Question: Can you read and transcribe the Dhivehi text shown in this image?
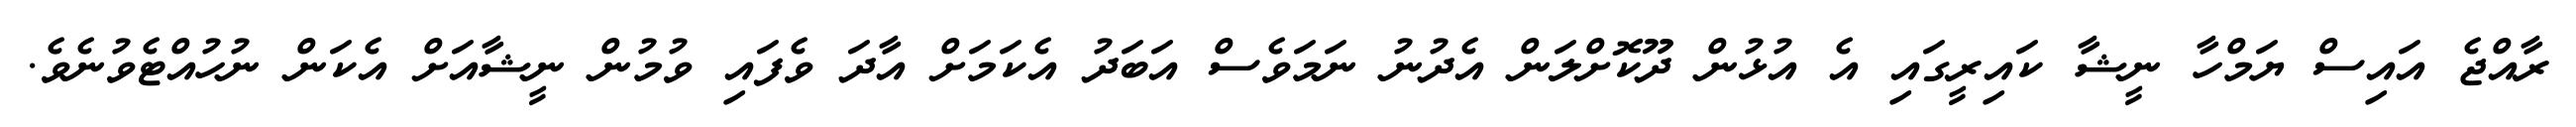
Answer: ރާއްޖެ އައިސް ޔަމްހާ ނީޝާ ކައިރީގައި އެ އުޅުން ދޫކޮށްލަން އެދުނު ނަމަވެސް އަބަދު އެކަމަށް އާދަ ވެފައި ވުމުން ނީޝާއަށް އެކަން ނުހުއްޓެވުނެވެ.